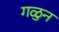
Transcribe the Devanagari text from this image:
गळुन